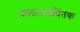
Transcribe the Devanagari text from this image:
कलातत्त्वचिंतक